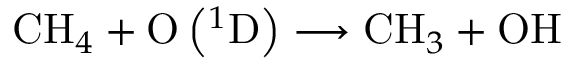
\mathrm { C H } _ { 4 } + \mathrm { O } \left( { } ^ { 1 } \mathrm { D } \right) \longrightarrow \mathrm { C H } _ { 3 } + \mathrm { O H }